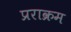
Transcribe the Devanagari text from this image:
प्रराक्रम